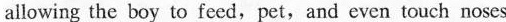
allowing the boy to feed,pet,and even touch noses